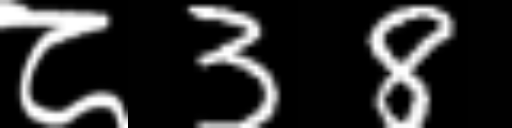
Text: ८38